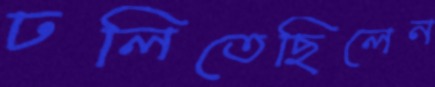
ঢলিতেছিলেন